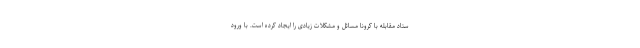
ستاد مقابله با کرونا مسائل و مشکلات زیادی را ایجاد کرده است. با ورود